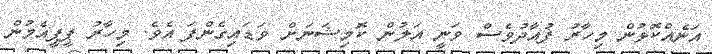
އަނެއްކޮޅުން މިހާރު ފުއާދުވެސް ވަނީ އަލުން ކޮމިޝަނަށް ވަޑައިގެންފަ އެވެ. މިހާރު ޕީޕީއެމުން